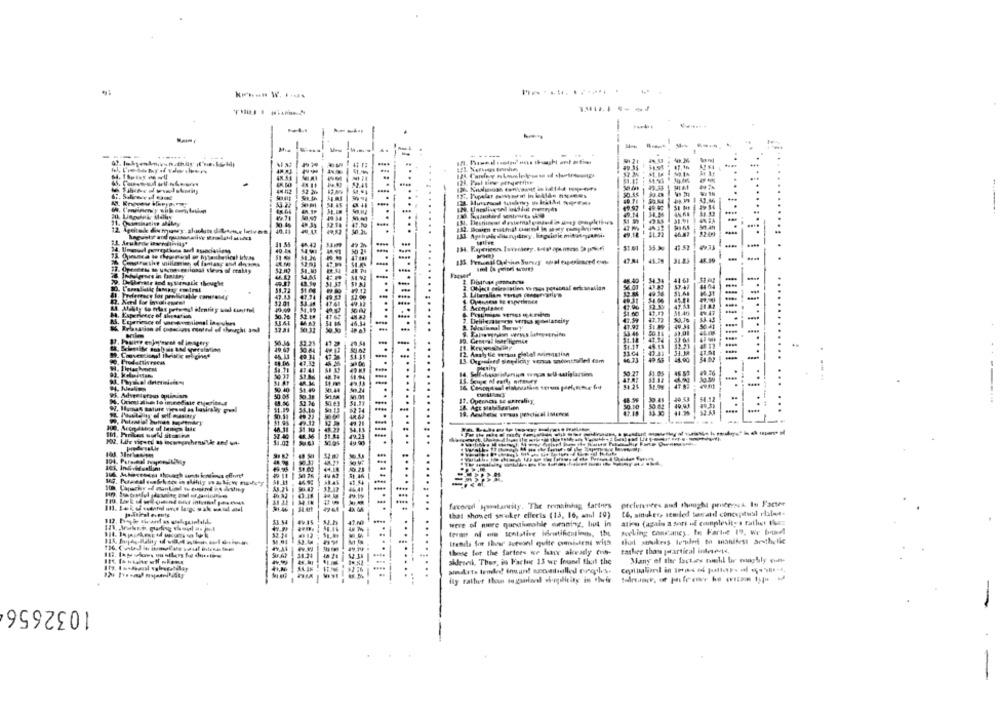
......... .. !!
1
-
.1 .. 1. 1. : 1]
-----
48 A4
21. Quamsingtive
10.4
40.44
1.55
4.40
13 64 49.36
-
12.01
49.31
...
$1.00 47.13
51.40
-
47.59 43.12
17.84
47-92
-
...
31.18 : 41.14
20.11
Pure en jaffavet of imagery
32.29
$1.11
46.73
49 43
4.90
-
9. Prodottivrsen
.........
59.40
50 08
M. Ormiathe 10 immediate eugritou
17. Openness to erivality
34
32.40
307
preferences and thought priceensk. In Facter
favored Mmolantily. The reunsinnig fartnes
that showed smaker effects (13, 16, and 10)
[6, sinuker, atmiled toratil conceptual rates.
were of nice questiumhle durant-g, but in
alien (again a sort of complesites rather than
Socling cancaney, te Fartot 19. we bud
terms of oim senlative identificatinib, 1ht
Ifends for Ihver Avevonl quite consisten wigs
that stukess templer to manifest ar-thelie
Hats
these for the factors we leave alneatly con-
rather than porartical inteetd,
Many of the factses mell lar roughly ich-
shrek. Thus, is Fache 13 we found that the
1032656
-
-